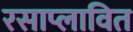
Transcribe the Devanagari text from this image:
रसाप्लावित